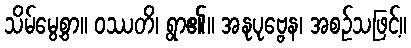
သိမ်မွေ့စွာ။ ဝဿတိ၊ ရွာ၏။ အနုပုဗ္ဗေန၊ အစဉ်သဖြင့်။